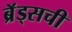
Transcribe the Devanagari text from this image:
ब्रॅड्सची